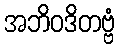
အဘိဝဒိတဗ္ဗံ